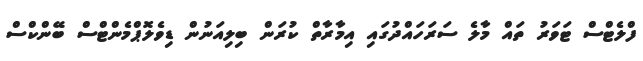
ފްލެޓްސް ޓަވަރު ތައް މާލެ ސަރަހައްދުގައި އިމާރާތް ކުރަން ބިލިއަނުން ޑިވެލޮޕްމެންޓްސް ބޭންކްސް